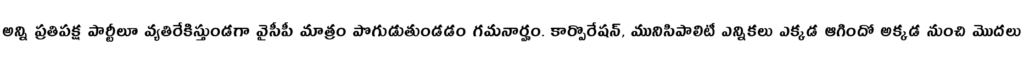
అన్ని ప్రతిపక్ష పార్టీలూ వ్యతిరేకిస్తుండగా వైసీపీ మాత్రం పొగుడుతుండడం గమనార్హం. కార్పొరేషన్, మునిసిపాలిటీ ఎన్నికలు ఎక్కడ ఆగిందో అక్కడ నుంచి మొదలు